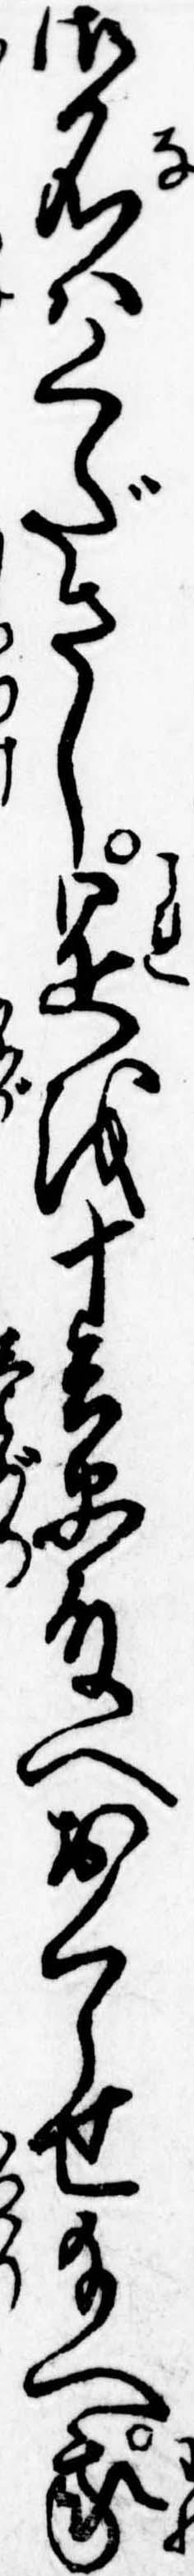
御名はくださし是を十兵衛殿へおくらせ給へ我